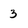
Character: 3